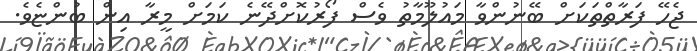
ޖެހޭ ފަރާތްތަކަށް ބޭނުންވާ މައުލޫމާތު ވެސް ފޯރުކޮށްދޭނެ ކަމަށް މީރާ އިން ބުންޏެވެ.